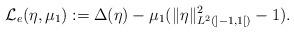
LaTeX: \begin{align*}{\cal L}_e(\eta,\mu_1) := \Delta(\eta) - \mu_1 (\|\eta\|_{L^2(]-1,1[)}^2-1).\end{align*}